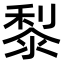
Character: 㴝